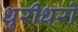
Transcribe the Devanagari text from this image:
धुरीधरो